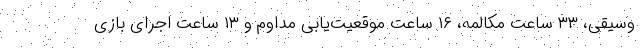
وسیقی، ۳۳ ساعت مکالمه، ۱۶ ساعت موقعیت‌یابی مداوم و ۱۳ ساعت اجرای بازی